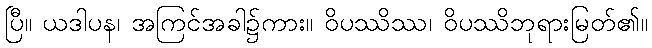
ပြီ။ ယဒါပန၊ အကြင်အခါ၌ကား။ ဝိပဿိဿ၊ ဝိပဿိဘုရားမြတ်၏။